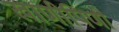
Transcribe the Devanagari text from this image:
खाणीपिणी